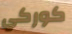
كوركي